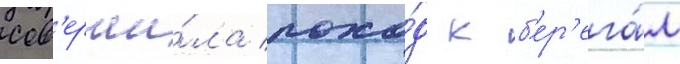
сов'ерши́ла похо́д к б'ер'ега́м